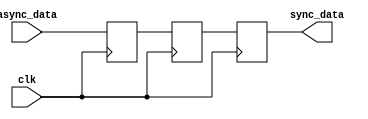
module triple_flip_flop_synchronizer (
    input wire clk,       // Synchronous clock signal
    input wire async_data, // Asynchronous input data signal
    output reg sync_data   // Synchronized output data signal
);

    // Intermediate signals for the flip-flops
    reg ff1, ff2;

    // Always block triggered on the rising edge of the clock
    always @(posedge clk) begin
        ff1 <= async_data;  // Capture the async input in the first flip-flop
        ff2 <= ff1;         // Capture the output of the first flip-flop in the second flip-flop
        sync_data <= ff2;   // Capture the output of the second flip-flop in the output
    end

endmodule